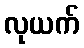
လုယက်